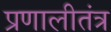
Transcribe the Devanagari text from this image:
प्रणालीतंत्र